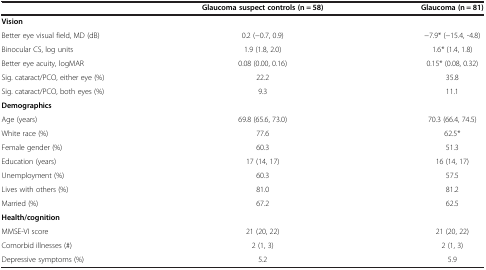
|  | Glaucoma suspect controls (n = 58) | Glaucoma (n = 81) |
 | --- | --- | --- |
 | Vision |  |  |
 | Better eye visual field, MD (dB) | 0.2 (−0.7, 0.9) | −7.9* (−15.4, -4.8) |
 | Binocular CS, log units | 1.9 (1.8, 2.0) | 1.6* (1.4, 1.8) |
 | Better eye acuity, logMAR | 0.08 (0.00, 0.16) | 0.15* (0.08, 0.32) |
 | Sig. cataract/PCO, either eye (%) | 22.2 | 35.8 |
 | Sig. cataract/PCO, both eyes (%) | 9.3 | 11.1 |
 | Demographics |  |  |
 | Age (years) | 69.8 (65.6, 73.0) | 70.3 (66.4, 74.5) |
 | White race (%) | 77.6 | 62.5* |
 | Female gender (%) | 60.3 | 51.3 |
 | Education (years) | 17 (14, 17) | 16 (14, 17) |
 | Unemployment (%) | 60.3 | 57.5 |
 | Lives with others (%) | 81.0 | 81.2 |
 | Married (%) | 67.2 | 62.5 |
 | Health/cognition |  |  |
 | MMSE-VI score | 21 (20, 22) | 21 (20, 22) |
 | Comorbid illnesses (#) | 2 (1, 3) | 2 (1, 3) |
 | Depressive symptoms (%) | 5.2 | 5.9 |